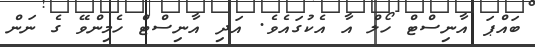
ބައްޕަ އާނިސްޓް ހޯލް އާ އެކުގައެވެ. އަދި އާނިސްޓް ހެމިންވޭ ގެ ނަން